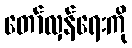
တော်လှန်ရေးကို